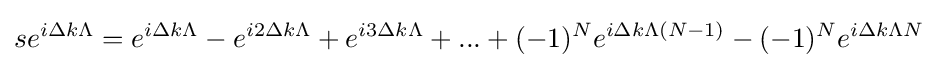
se^{i\Delta k\Lambda }=e^{i\Delta k\Lambda }-e^{i2\Delta k\Lambda }+e^{i3\Delta k\Lambda }+...+(-1)^{N}e^{i\Delta k\Lambda (N-1)}-(-1)^{N}e^{i\Delta k\Lambda N}